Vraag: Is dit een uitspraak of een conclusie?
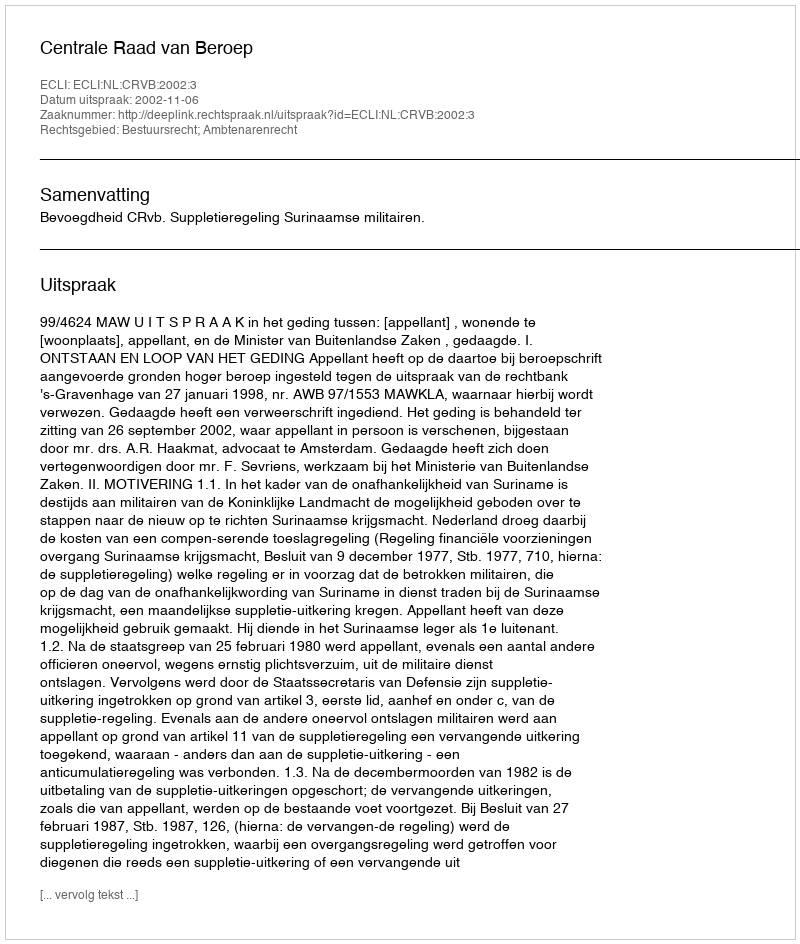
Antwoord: Uitspraak